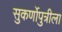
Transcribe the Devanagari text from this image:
सुकर्णोपुत्रीला